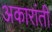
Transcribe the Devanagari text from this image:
अकारांती